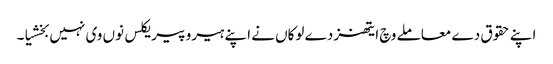
اپنے حقوق دے معاملے وچ ایتھنز دے لوکاں نے اپنے ہیرو پیریکلس نوں وی نہیں بخشیا۔